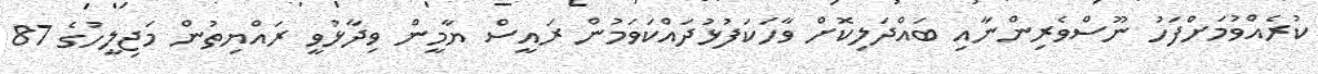
ކުރެއްވުމަށްފަހު ނޫސްވެރިންނާއި ބައްދަލިކޮށް ވާހަކަފުޅުދައްކަވަމުން ރައީސް ޔާމީން ވިދާޅުވީ ރައްޔިތުން މަޖިލީހުގެ 87